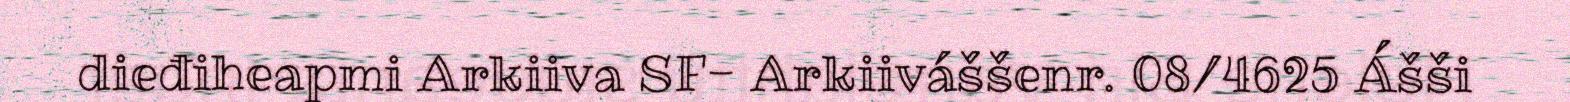
dieđiheapmi Arkiiva SF- Arkiiváššenr. 08/4625 Ášši